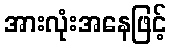
အားလုံးအနေဖြင့်